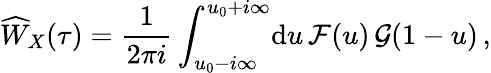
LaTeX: \widehat W_{X}(\tau)=\frac{1}{2\pi i}\int_{u_{0}-i\infty}^{u_{0}+i\infty}\! \mathrm{d}u\, {\cal F}(u)\, {\cal G}(1-u)\, ,